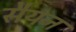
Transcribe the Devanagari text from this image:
सैयन